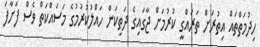
ހިދުމަތްތައް އިތުރަށް ތަރައްގީ ކުރުމަށް ޖާގައިގެ ދަތިކަން ހައްލުކުރުމުގެ މަސައްކަތް ވެސް ފަށާފަ